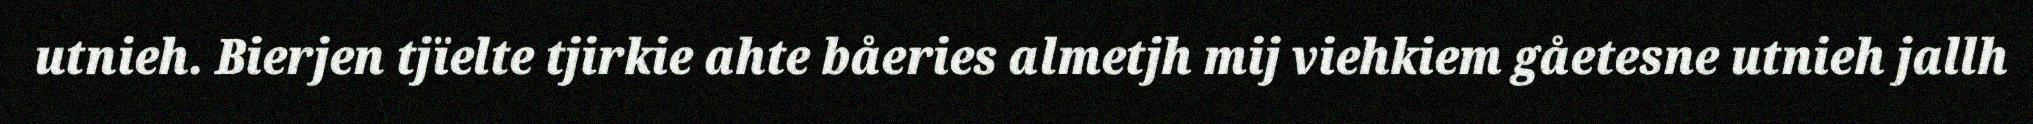
utnieh. Bierjen tjïelte tjirkie ahte båeries almetjh mij viehkiem gåetesne utnieh jallh